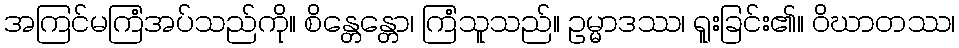
အကြင်မကြံအပ်သည်ကို။ စိန္တေန္တော၊ ကြံသူသည်။ ဥမ္မာဒဿ၊ ရူးခြင်း၏။ ဝိဃာတဿ၊